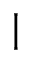
|